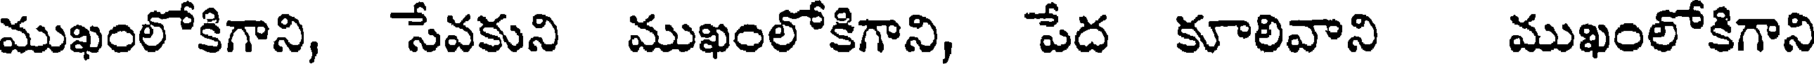
ముఖంలోకిగాని, సేవకుని ముఖంలోకిగాని, పేద కూలివాని ముఖంలోకిగాని